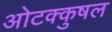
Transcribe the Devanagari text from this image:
ओटक्कुषल